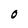
Character: 0